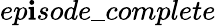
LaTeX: ep\mathbf{i}sode\_ complete